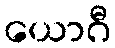
ယောဂီ